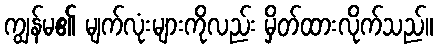
ကျွန်မ၏ မျက်လုံးများကိုလည်း မှိတ်ထားလိုက်သည်။